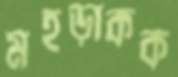
মহড়াকক